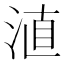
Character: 淔